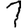
Digit: 1